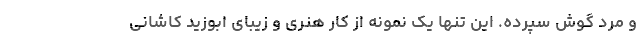
و مرد گوش سپرده. این تنها یک نمونه از کار هنری و زیبای ابوزید کاشانی